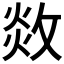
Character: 𢽻